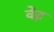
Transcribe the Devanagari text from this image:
वेद्न